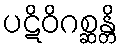
ပဋိဝိဂစ္ဆန္တိ